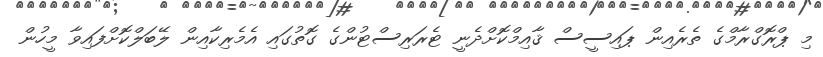
މި ޕްރޮގްރާމްގެ ތެރެއިން ޕައިސީސް ޤާއިމްކޮށްދެނީ ޓެރަރިސްޓުންގެ ގޮތުގައި އެމެރިކާއިން ލޭބަލްކޮށްފައިވާ މީހުން